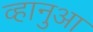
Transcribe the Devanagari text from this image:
व्हानुआ